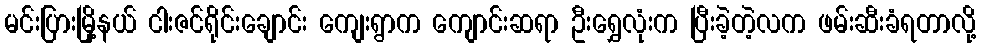
မင်းပြားမြို့နယ် ငါးဇင်ရိုင်းချောင်း ကျေးရွာက ကျောင်းဆရာ ဦးရွှေလုံးက ပြီးခဲ့တဲ့လက ဖမ်းဆီးခံရတာလို့